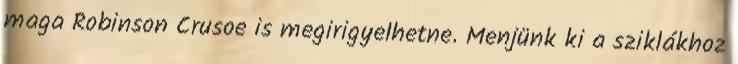
maga Robinson Crusoe is megirigyelhetne. Menjünk ki a sziklákhoz